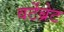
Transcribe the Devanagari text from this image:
वर्टेब्रेट